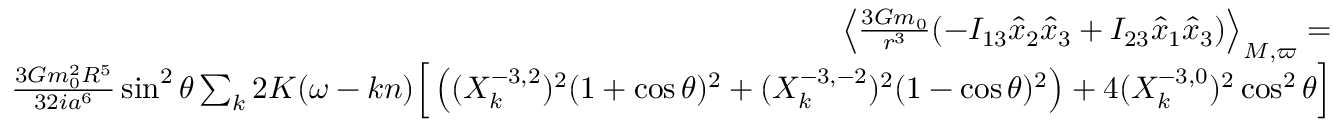
\begin{array} { r l r } { \left\langle \frac { 3 { \cal G } m _ { 0 } } { r ^ { 3 } } ( - I _ { 1 3 } \hat { x } _ { 2 } \hat { x } _ { 3 } + I _ { 2 3 } \hat { x } _ { 1 } \hat { x } _ { 3 } ) \right\rangle _ { M , \varpi } = } & { } & \\ { \frac { 3 { \cal G } m _ { 0 } ^ { 2 } R ^ { 5 } } { 3 2 i a ^ { 6 } } \sin ^ { 2 } \theta \sum _ { k } 2 K ( \omega - k n ) \Big [ \left( ( X _ { k } ^ { - 3 , 2 } ) ^ { 2 } ( 1 + \cos \theta ) ^ { 2 } + ( X _ { k } ^ { - 3 , - 2 } ) ^ { 2 } ( 1 - \cos \theta ) ^ { 2 } \right) + 4 ( X _ { k } ^ { - 3 , 0 } ) ^ { 2 } \cos ^ { 2 } \theta \Big ] } \end{array}